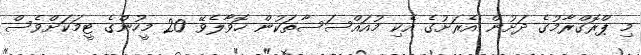
މި ޕްރޮގްރާމުގެ ދަށުން އެރަށުގެ އެކި މުއައްސަސާތަކުން ހޮވާލެވޭ 20 މީހުންގެ ޓީމަކަށްވެސް